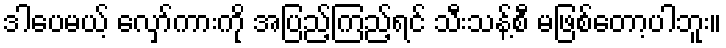
ဒါပေမယ့် လှော်ကားကို အပြည့်ကြည့်ရင် သီးသန့်စီ မဖြစ်တော့ပါဘူး။